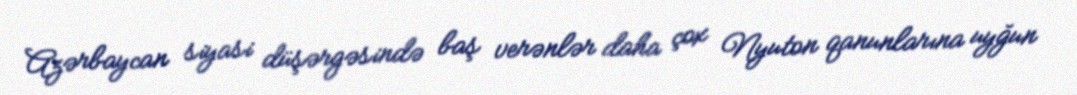
Azərbaycan siyasi düşərgəsində baş verənlər daha çox Nyuton qanunlarına uyğun